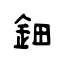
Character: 鈿